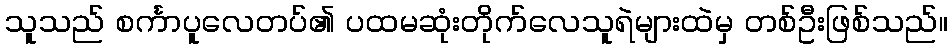
သူသည် စင်္ကာပူလေတပ်၏ ပထမဆုံးတိုက်လေသူရဲများထဲမှ တစ်ဦးဖြစ်သည်။